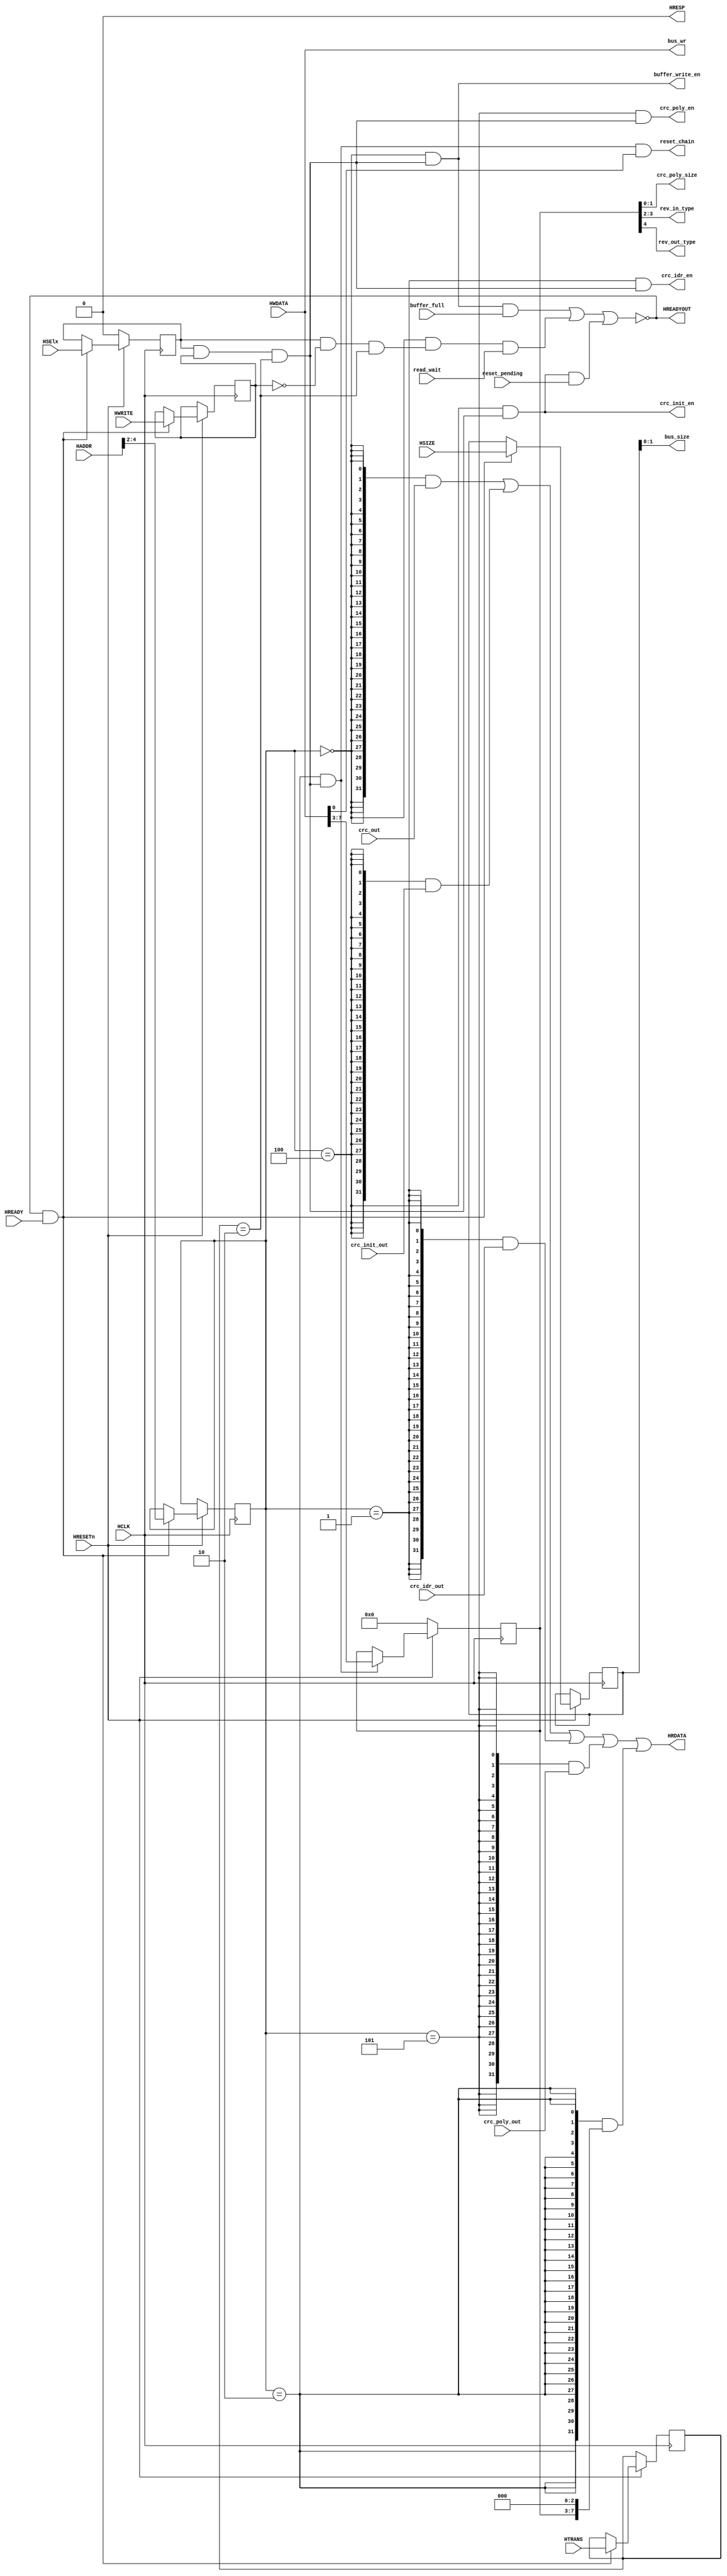
module host_interface
(
	//OUTPUTS
	output [31:0] HRDATA,
	output HREADYOUT,
	output HRESP,
	output [31:0] bus_wr,
	output [ 1:0] crc_poly_size,
	output [ 1:0] bus_size,
	output [ 1:0] rev_in_type,
	output rev_out_type,
	output crc_init_en,
	output crc_idr_en,
	output crc_poly_en,
	output buffer_write_en,
	output reset_chain,
	//INPUTS
	input [31:0] HWDATA,
	input [31:0] HADDR,
	input [ 2:0] HSIZE,
	input [ 1:0] HTRANS,
	input HWRITE,
	input HSElx,
	input HREADY,
	input HRESETn,
	input HCLK,
	input [31:0] crc_poly_out,
	input [31:0] crc_out,
	input [31:0] crc_init_out,
	input [ 7:0] crc_idr_out,
	input buffer_full,
	input reset_pending,
	input read_wait
);

//Reset Values
localparam RESET_CRC_CR = 6'h00;

//CRC Register Map
localparam CRC_DR   = 3'h0;
localparam CRC_IDR  = 3'h1;
localparam CRC_CR   = 3'h2;
localparam CRC_INIT = 3'h4;
localparam CRC_POL  = 3'h5;

//Transfer Type Encoding
localparam IDLE    = 2'b00;
localparam BUSY    = 2'b01;
localparam NON_SEQ = 2'b10;
localparam SEQ     = 2'b11;

//HRESP Encoding
localparam OK    = 1'b0;
localparam ERROR = 1'b1;

//Pipeline flops
reg [2:0] haddr_pp;
reg [2:0] hsize_pp;
reg [1:0] htrans_pp;
reg hwrite_pp;
reg hselx_pp;

//Flops
reg [4:0] crc_cr_ff;

//Internal Signals
wire [31:0] crc_cr_rd;
wire crc_dr_sel;
wire crc_init_sel;
wire crc_idr_sel;
wire crc_poly_sel;
wire crc_cr_sel;
wire ahb_enable;
wire write_en;
wire read_en;
wire crc_cr_en;
wire sample_bus;
wire buffer_read_en;

//Pipeline Registers for Address Phase of AHB Protocol
always @(posedge HCLK)
	begin
		if(!HRESETn)
			begin
				hselx_pp <= 1'b0;
			end
		else
			if(sample_bus)
				begin
					haddr_pp  <= HADDR[4:2];
					hsize_pp  <= HSIZE;
					htrans_pp <= HTRANS;
					hwrite_pp <= HWRITE;
					hselx_pp  <= HSElx;
				end
	end

//Enable Signals
assign ahb_enable = (htrans_pp == NON_SEQ);
assign write_en = hselx_pp &&  hwrite_pp && ahb_enable;
assign read_en  = hselx_pp && !hwrite_pp && ahb_enable;

//Registers decoding
assign crc_dr_sel   = (haddr_pp == CRC_DR  );
assign crc_init_sel = (haddr_pp == CRC_INIT);
assign crc_idr_sel  = (haddr_pp == CRC_IDR );
assign crc_poly_sel = (haddr_pp == CRC_POL );
assign crc_cr_sel   = (haddr_pp == CRC_CR  );

//Write Esnables Signals for Registers
assign buffer_write_en = crc_dr_sel   && write_en;
assign crc_init_en     = crc_init_sel && write_en;
assign crc_idr_en      = crc_idr_sel  && write_en;
assign crc_poly_en     = crc_poly_sel && write_en;
assign crc_cr_en       = crc_cr_sel   && write_en;

//Indicates reading operation request to crc_dr register
assign buffer_read_en = crc_dr_sel && read_en;

//Bus Size is the output of HSIZE pipeline register
assign bus_size = hsize_pp;

//The Write Bus is not pipelined
assign bus_wr = HWDATA;

//HREADY Signal outputed to Master
assign HREADYOUT = !((buffer_write_en && buffer_full   ) ||
                     (buffer_read_en  && read_wait     ) ||
                     (crc_init_en     && reset_pending ) );

//Signal to control sampling of bus
assign sample_bus = HREADYOUT && HREADY;

//HRESP Signal outputed to Master
//This implementation never signalize bus error to master
assign HRESP = OK;

//CRC_CR Data Read
assign crc_cr_rd = {24'h0, crc_cr_ff[4:0], 3'h0};

//Mux to HRDATA
assign HRDATA = ({32{crc_dr_sel  }} & crc_out             ) |
                ({32{crc_init_sel}} & crc_init_out        ) |
                ({32{crc_idr_sel }} & {24'h0, crc_idr_out}) |
                ({32{crc_poly_sel}} & crc_poly_out        ) |
                ({32{crc_cr_sel  }} & crc_cr_rd           ) ;

//Control Register
always @(posedge HCLK)
	begin
		if(!HRESETn)
			crc_cr_ff <= RESET_CRC_CR;
		else
			if(crc_cr_en)
				crc_cr_ff <= {HWDATA[7], HWDATA[6:5], HWDATA[4:3]};
	end

//Configuration Signals
assign reset_chain   = (crc_cr_en && HWDATA[0]);
assign crc_poly_size = crc_cr_ff[1:0];
assign rev_in_type   = crc_cr_ff[3:2];
assign rev_out_type  = crc_cr_ff[4];

endmodule